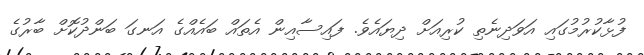
ފުޅާކުރުމުގައި އަވަދިނެތި ކުރިއަށް ދިޔައެވެ. ފައިސާއިން އެތައް ބައެއްގެ އަނގަ ބަންދުކޮށް ބާރުގެ